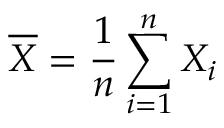
{ \overline { { X } } } = { \frac { 1 } { n } } \sum _ { i = 1 } ^ { n } X _ { i }